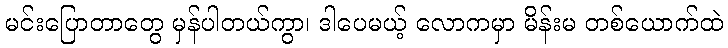
မင်းပြောတာတွေ မှန်ပါတယ်ကွာ၊ ဒါပေမယ့် လောကမှာ မိန်းမ တစ်ယောက်ထဲ